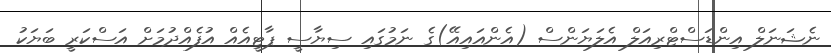
ނެޝަނަލް އިންޑަސްޓްރިއަލް އެލަޔަންސް (އެންއައިއޭ)ގެ ނަމުގައި ސިޔާސީ ޕާޓީއެއް އުފެއްދުމަށް އަސްކަރީ ބަޔަކު